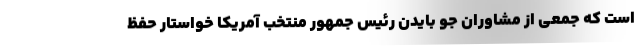
است که جمعی از مشاوران جو بایدن رئیس جمهور منتخب آمریکا خواستار حفظ